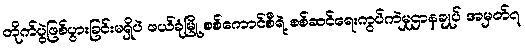
တိုက်ပွဲဖြစ်ပွားခြင်းမရှိပဲ ဖယ်ခုံမြို့ စစ်ကောင်စီရဲ့ စစ်ဆင်ရေးကွပ်ကဲမှုဌာနချုပ် အမှတ်၇